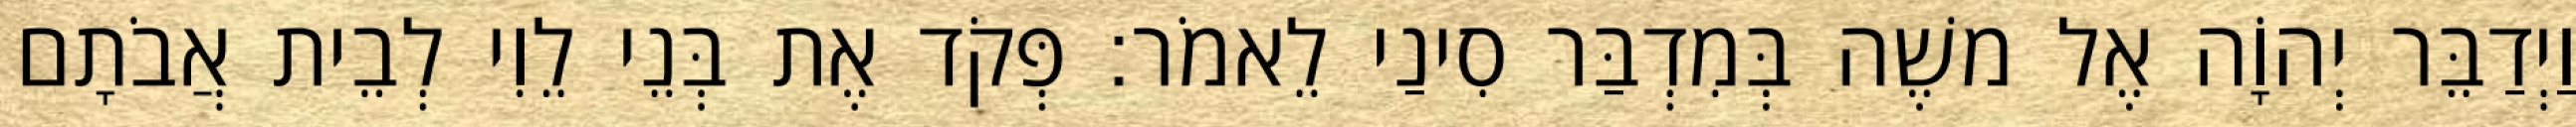
וַיְדַבֵּר יְהוָֹה אֶל משֶׁה בְּמִדְבַּר סִינַי לֵאמֹר׃ פְּקֹד אֶת בְּנֵי לֵוִי לְבֵית אֲבֹתָם